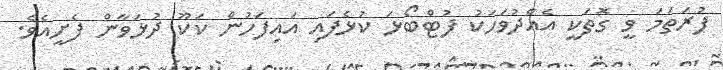
ފުރަތަމަ ވީ ގޮތަކީ އެއްދުވަހަކު ފުޓްބޯޅަ ކުޅެފައި އައިފަހުން ކަކޫ ދުޅަވާން ފެށީއެވެ.